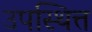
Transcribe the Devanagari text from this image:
उपस्थित्त